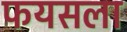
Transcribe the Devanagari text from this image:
फयसला